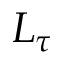
L _ { \tau }